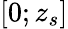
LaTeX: [0;z_{s}]